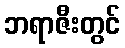
ဘရာဇီးတွင်